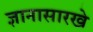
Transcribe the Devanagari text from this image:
ज्ञानासारखे